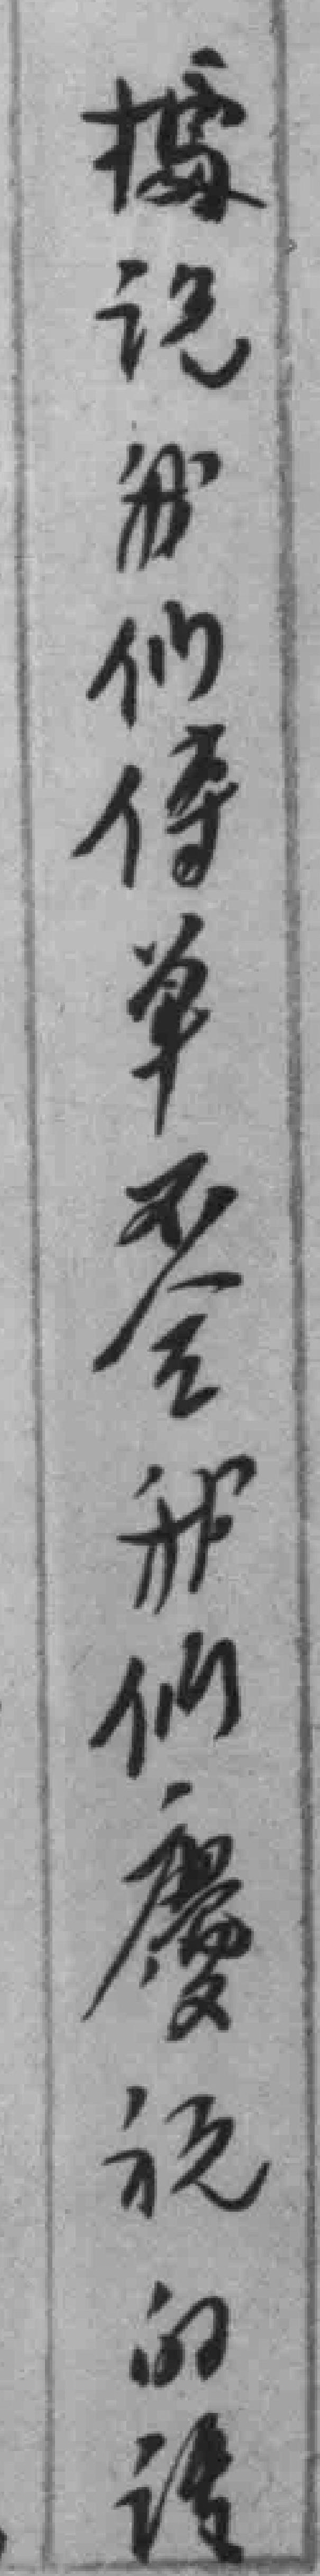
據説我们傳单不全我们慶祝的话